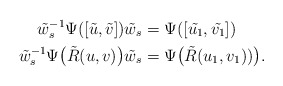
\begin{align*} \tilde{w}_s^{-1}\Psi([\tilde{u},\tilde{v}])\tilde{w}_s&=\Psi([\tilde{u_1},\tilde{v_1}])\qquad\qquad\\ \tilde{w}_s^{-1}\Psi\big(\tilde{R}(u,v)\big)\tilde{w}_s&=\Psi\big(\tilde{R}(u_1,v_1))\big). \end{align*}